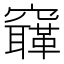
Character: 𥨳